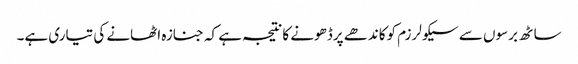
ساٹھ برسوں سے سیکولرزم کوکاندھے پرڈھونے کانتیجہ ہے کہ جنازہ اٹھانے کی تیاری ہے۔